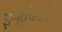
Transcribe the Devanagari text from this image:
इन्हेबिटर्स।